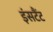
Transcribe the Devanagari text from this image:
इंसटैंट